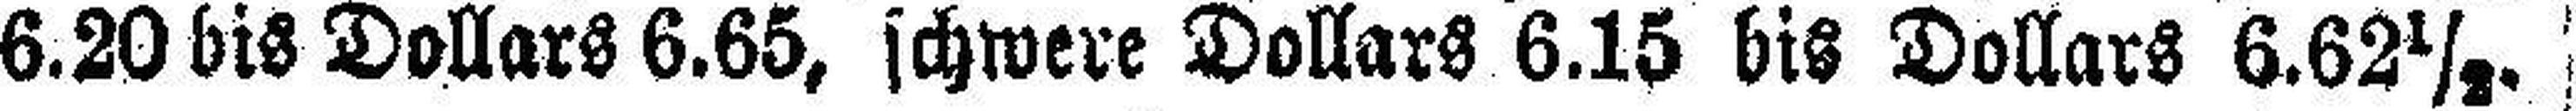
6.20 bis Dollars 6.65, schwere Dollars 6.15 bis Dollars 6.62½.